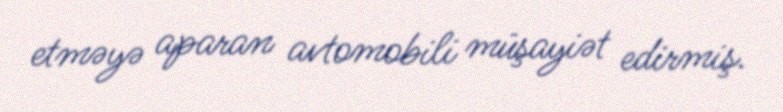
etməyə aparan avtomobili müşayiət edirmiş.